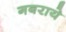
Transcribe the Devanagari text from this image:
गबराये